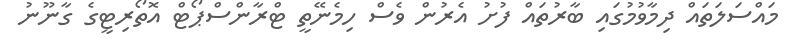
މައްސަލަތައް ދިމާވުމުގައި ބާރުތައް ފުށު އެރުން ވެސް ހިމެނޭތީ ޓްރާންސްޕޯޓް އޮތޯރިޓީގެ ގާނޫނު